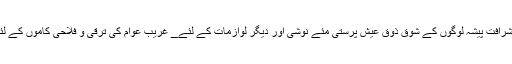
ان شرافت پیشہ لوگوں کے شوق ذوق عیش پرستی مئے نوشی اور دیگر لوازمات کے لئے_ غریب عوام کی ترقی و فلاحی کاموں کے لئے۔